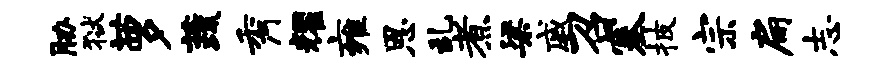
胁狱萝蔬秀耀雍恩乱煮梁戚召塞披宗扁志